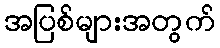
အပြစ်များအတွက်